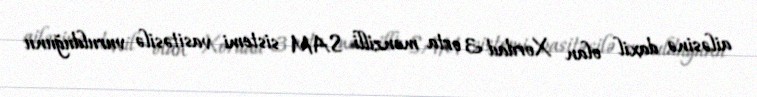
ailəsinə daxil olan Xordad 3 orta mənzilli SAM sistemi vasitəsilə vurulduğunu